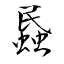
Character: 蟁